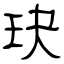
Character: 玦